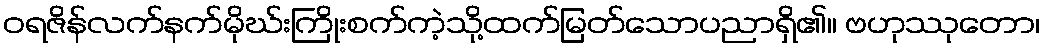
ဝရဇိန်လက်နက်မိုဃ်းကြိုးစက်ကဲ့သို့ထက်မြတ်သောပညာရှိ၏။ ဗဟုဿုတော၊